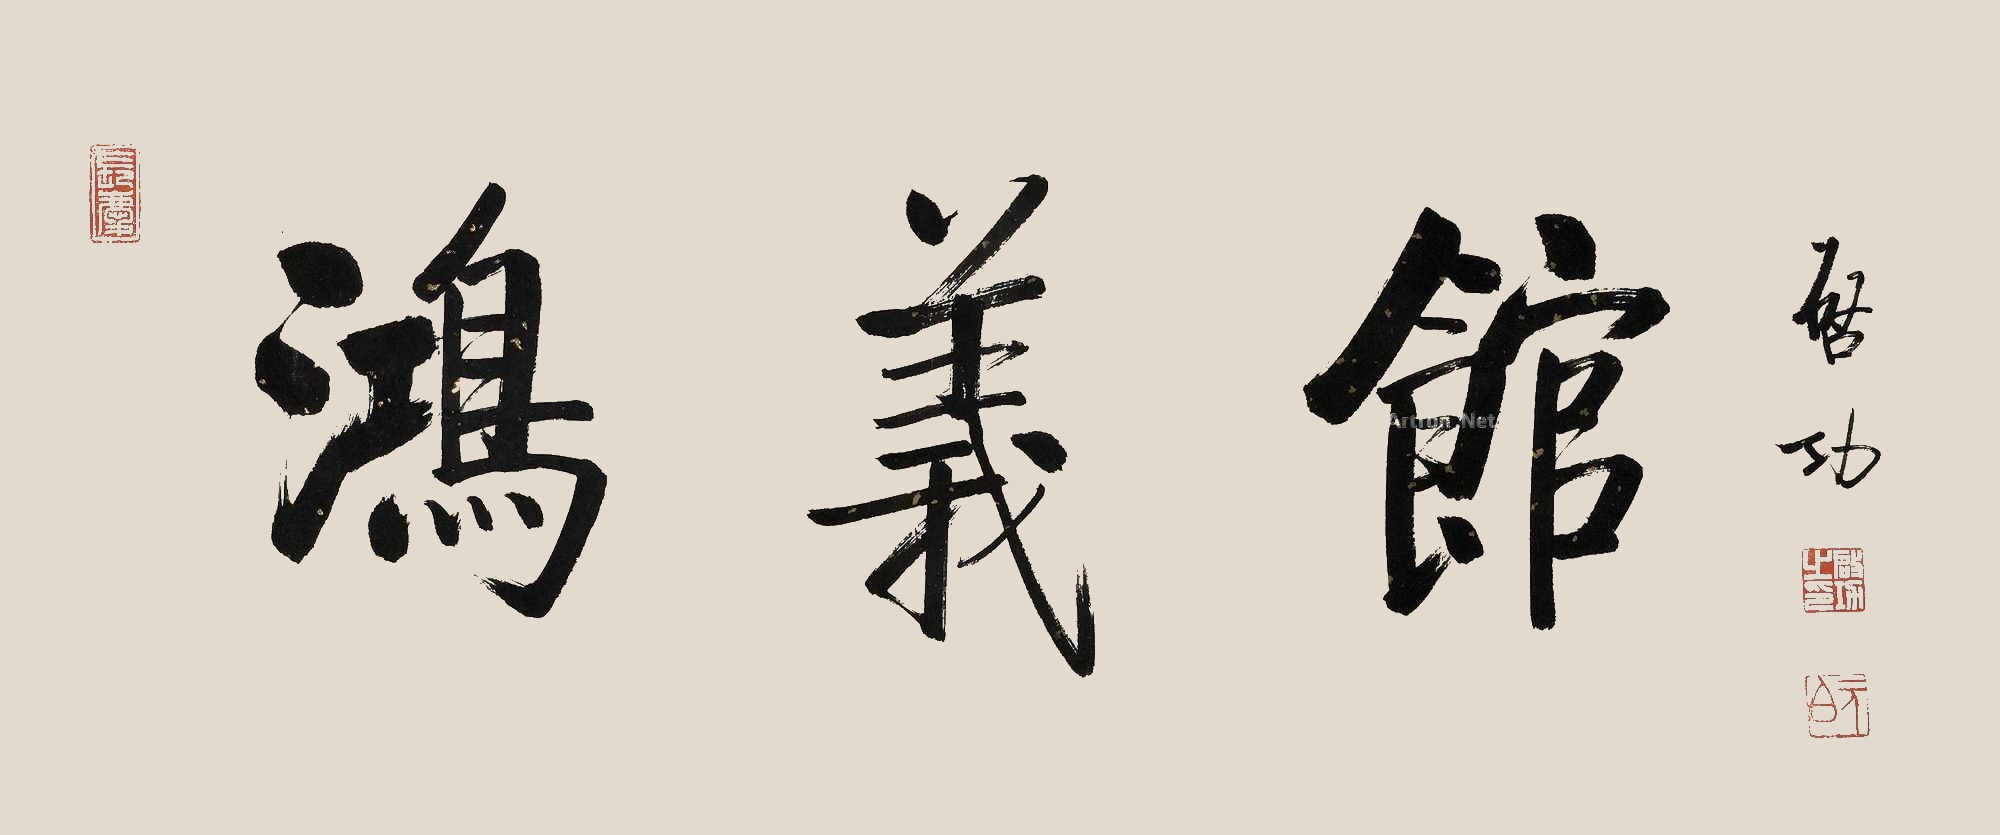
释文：鸿义馆。启功。